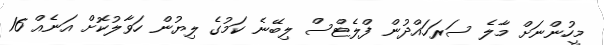
މީހުންނަށް މާލެ ސަރަހައްދުން ފްލެޓްސް ލިބޭނެ ކަމުގެ ލިޔުުން ހަވާލުކޮށް އަނެއް 16